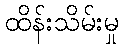
ထိန်းသိမ်းမှု